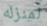
لمنزله